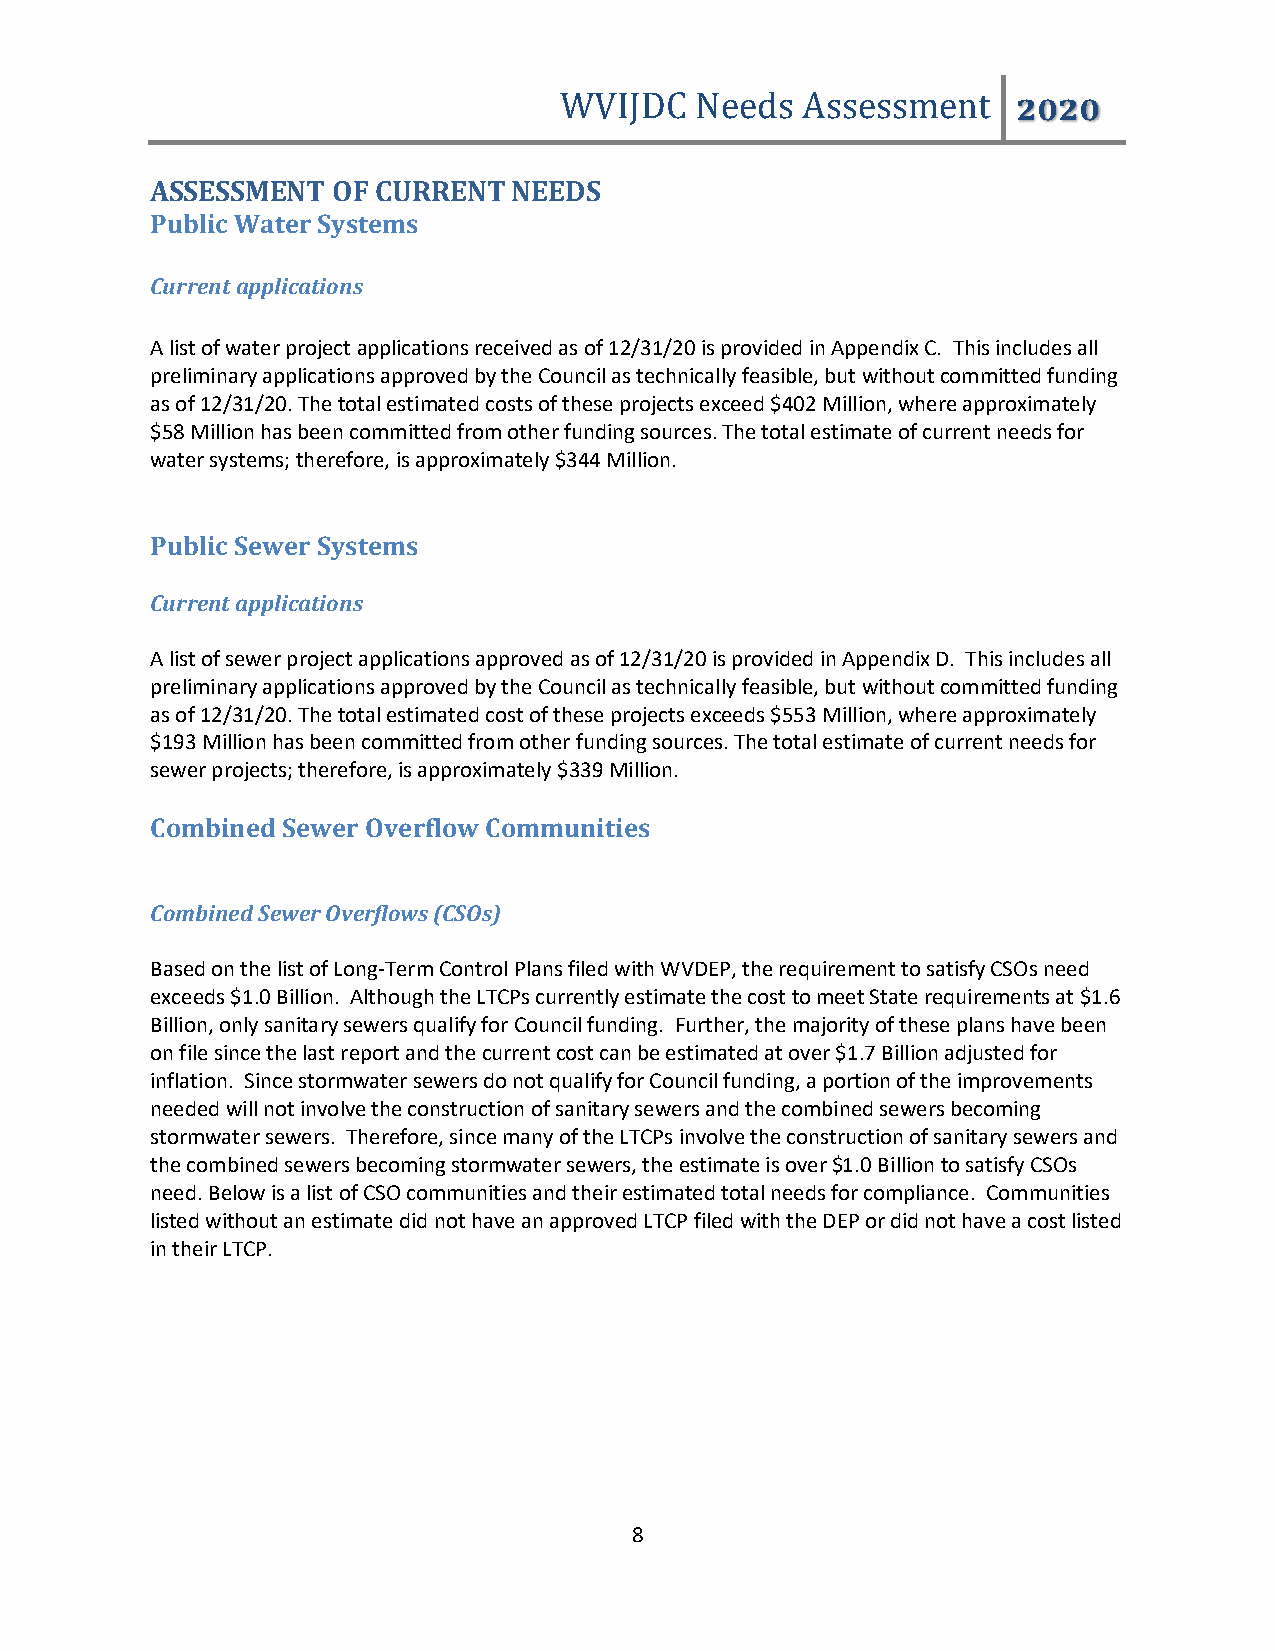
WVIJDC   Needs  Assessment    2020
 ASSESSMENT  OF CURRENT  NEEDS
 Public Water Systems
 Current applications
 A list of water project applications received as of 12/31/20 is provided in Appendix C. This includes all
 preliminary applications approved by the Council as technically feasible, but without committed funding
 as of 12/31/20. The total estimated costs of these projects exceed $402 Million, where approximately
 $58 Million has been committed from other funding sources. The total estimate of current needs for
 water systems; therefore, is approximately $344 Million.
 Public Sewer Systems
 Current applications
 A list of sewer project applications approved as of 12/31/20 is provided in Appendix D. This includes all
 preliminary applications approved by the Council as technically feasible, but without committed funding
 as of 12/31/20. The total estimated cost of these projects exceeds $553 Million, where approximately
 $193 Million has been committed from other funding sources. The total estimate of current needs for
 sewer projects; therefore, is approximately $339 Million.
 Combined Sewer Overflow Communities
 Combined Sewer Overflows (CSOs)
 Based on the list of Long-Term Control Plans filed with WVDEP, the requirement to satisfy CSOs need
 exceeds $1.0 Billion. Although the LTCPs currently estimate the cost to meet State requirements at $1.6
 Billion, only sanitary sewers qualify for Council funding. Further, the majority of these plans have been
 on file since the last report and the current cost can be estimated at over $1.7 Billion adjusted for
 inflation. Since stormwater sewers do not qualify for Council funding, a portion of the improvements
 needed will not involve the construction of sanitary sewers and the combined sewers becoming
 stormwater sewers. Therefore, since many of the LTCPs involve the construction of sanitary sewers and
 the combined sewers becoming stormwater sewers, the estimate is over $1.0 Billion to satisfy CSOs
 need. Below is a list of CSO communities and their estimated total needs for compliance. Communities
 listed without an estimate did not have an approved LTCP filed with the DEP or did not have a cost listed
 in their LTCP.
 8